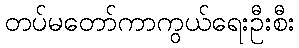
တပ်မတော်ကာကွယ်ရေးဦးစီး